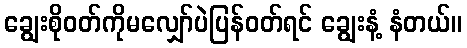
ချွေးစိုဝတ်ကိုမလျှော်ပဲပြန်ဝတ်ရင် ချွေးနံ့ နံတယ်။